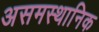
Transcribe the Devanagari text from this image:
असमस्थानिक